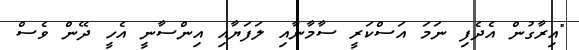
"އިރާގުން އެދެފި ނަމަ އަސްކަރީ ސާމާނާއި ލަފަޔާއި އިންސާނީ އެހީ ދޭން ވެސް